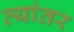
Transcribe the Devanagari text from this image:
त्यांतर